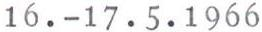
16.-17.5.1966